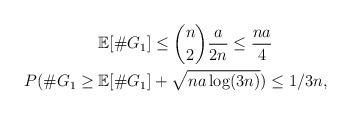
LaTeX: \begin{align*} \mathbb{E}[\#G_1&] \le \binom{n}{2} \frac{a}{2n} \le \frac{na}{4} \\ P( \#G_1 \ge \mathbb{E}[\#G_1&] + \sqrt{n a \log (3n)} ) \le 1/3n, \end{align*}